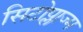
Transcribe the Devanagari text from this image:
सिटोप्लाज्म